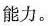
能力。